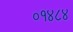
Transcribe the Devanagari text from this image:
०१४८४